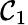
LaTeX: \mathcal{C}_{1}